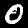
Label: 0